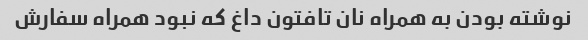
نوشته بودن به همراه نان تافتون داغ که نبود همراه سفارش